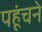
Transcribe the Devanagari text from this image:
पहूंचने